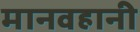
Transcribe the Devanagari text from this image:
मानवहानी